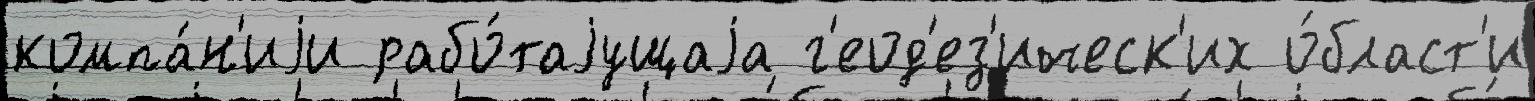
компа́н'иjи рабо́таjущаjа г'еод'ез'ическ'их о́бласт'и